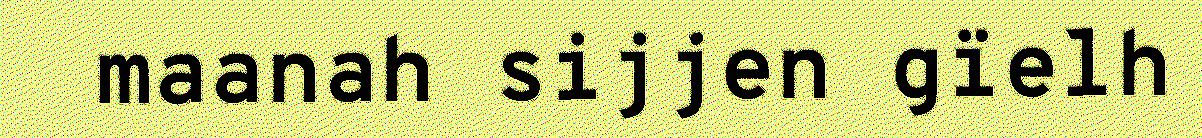
maanah sijjen gïelh